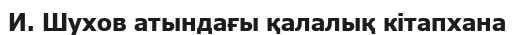
И. Шухов атындағы қалалық кітапхана